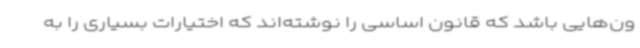
ون‌هایی باشد که قانون اساسی را نوشته‌اند که اختیارات بسیاری را به